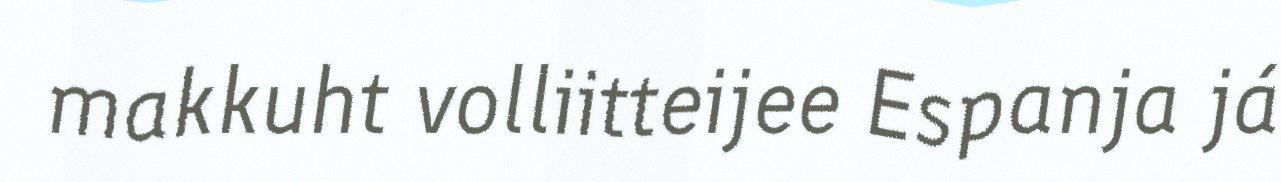
makkuht volliitteijee Espanja já